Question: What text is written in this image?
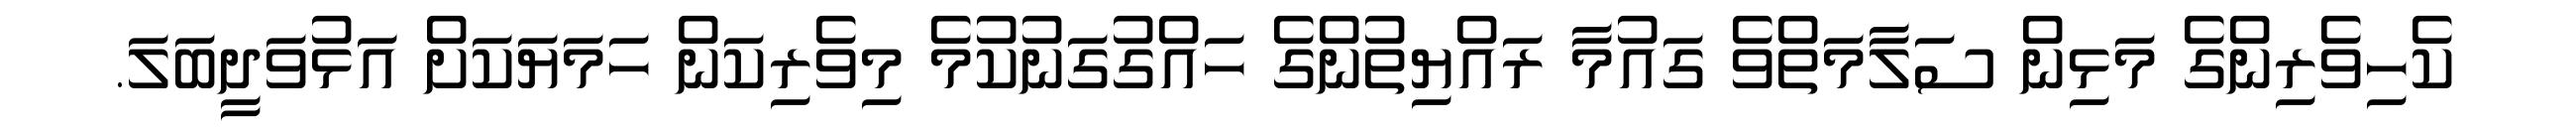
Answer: ކެހިވެރިންގެ މަޅިން ސަލާމަތްވެ ގައުމާ ރައްޔިތުންގެ ހައްގުގަނުކުމެ މިވެރިކަން ހަމަޔަކަށް އަޅުވަދީބަލަ.